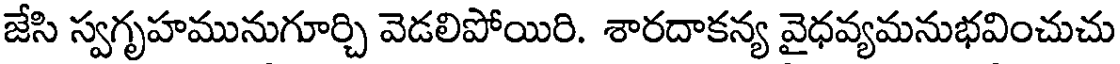
జేసి స్వగృహమునుగూర్చి వెడలిపోయిరి. శారదాకన్య వైధవ్యమనుభవించుచు